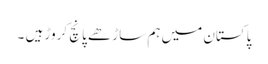
پاکستان میں ہم ساڑھے پانچ کروڑ ہیں ۔